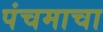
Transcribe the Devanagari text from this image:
पंचमाचा